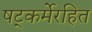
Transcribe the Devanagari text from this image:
षट्‍कर्मेरहित